Lunatic asylums in Bengal annual reports 1912-1924 - 1912-1924
Year: 1912
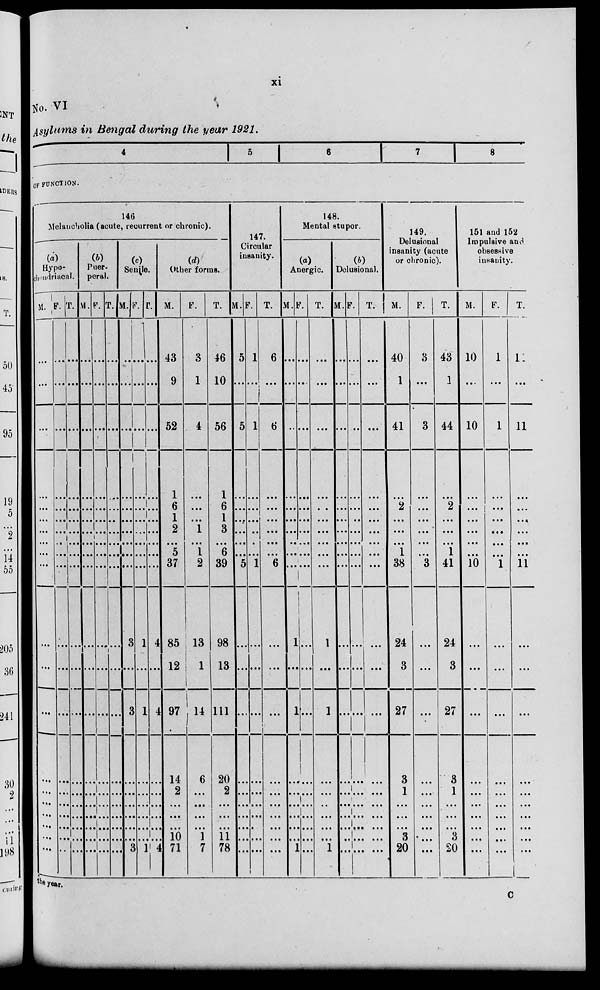
xi
No. VI
Asylums in Bengal during the year 1921.
4
5
6
7
8
OF FUNCTION.
146
Melancholia (acute, recurrent or chronic).
(a)
Hypo-
chondriacal
M.
...
...
...
...
...
...
...
...
...
...
...
...
...
...
...
...
...
...
...
...
F.
...
...
...
...
...
...
...
...
...
...
...
...
...
...
...
...
...
...
...
...
T.
...
...
...
...
...
...
...
...
...
...
...
...
...
...
...
...
...
...
...
...
(b)
Puer-
peral.
M.
...
...
...
...
...
...
...
...
...
...
...
...
...
...
...
...
...
...
...
...
F.
...
...
...
...
...
...
...
...
...
...
...
...
...
...
...
...
...
...
...
...
T.
...
...
...
...
...
...
...
...
...
...
...
...
...
...
...
...
...
...
...
...
(c)
Senile.
M.
...
...
...
...
...
...
...
...
...
...
3
...
3
...
...
...
...
...
...
3
F.
...
...
...
...
...
...
...
...
...
...
1
...
1
...
...
...
...
...
...
1
T.
...
...
...
...
...
...
...
...
...
...
4
...
4
...
...
...
...
...
...
4
(d)
Other forms.
M.
43
9
52
1
6
1
2
...
5
37
85
12
97
14
2
...
...
...
10
71
F.
3
1
4
...
...
...
1
...
1
2
13
1
14
6
...
...
...
...
1
7
T.
46
10
56
1
6
1
3
...
6
39
98
13
111
20
2
...
...
...
11
78
147.
Circular
insanity.
M.
5
...
5
...
...
...
...
...
...
5
...
...
...
...
...
...
...
...
...
...
F.
1
...
1
...
...
...
...
...
...
1
...
...
...
...
...
...
...
...
...
...
T.
6
...
6
...
...
...
...
...
...
6
...
...
...
...
...
...
...
...
...
...
148.
Mental stupor.
(a)
Anergic.
M.
...
...
...
...
...
...
...
...
...
...
1
...
1
...
...
...
...
...
...
1
F.
...
...
...
...
...
...
...
...
...
...
...
...
...
...
...
...
...
...
...
...
T.
...
...
...
...
...
...
...
...
...
...
1
...
1
...
...
...
...
...
...
...
(b)
Delusional.
M.
...
...
...
...
...
...
...
...
...
...
...
...
...
...
...
...
...
...
...
...
F.
...
...
...
...
...
...
...
...
...
...
...
...
...
...
...
...
...
...
...
...
T.
...
...
...
...
...
...
...
...
...
...
...
...
...
...
...
...
...
...
...
...
149.
Delusional
insanity (acute
or chronic).
M.
40
1
41
...
2
...
...
...
1
38
24
3
27
3
1
...
...
...
3
20
F.
3
...
3
...
...
...
...
...
...
3
...
...
...
...
...
...
...
...
...
...
T.
43
1
44
...
2
...
...
...
1
41
24
3
27
3
1
...
...
...
3
20
151 and 152
Impulsive and
obsessive
insanity.
M.
10
...
10
...
...
...
...
...
...
10
...
...
...
...
...
...
...
...
...
...
F.
1
...
1
...
...
...
...
...
...
1
...
...
...
...
...
...
...
...
...
...
T.
1
...
11
...
...
...
...
...
...
11
...
...
...
...
...
...
...
...
...
...
the year.
C